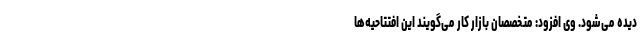
دیده می‌شود. وی افزود: متخصصان بازار کار می‌گویند این افتتاحیه‌ها